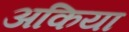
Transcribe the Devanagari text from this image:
अकिया